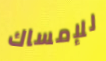
للإمساك